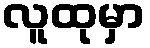
လူထုမှာ